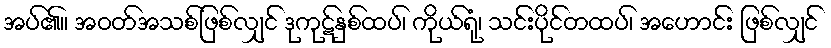
အပ်၏။ အဝတ်အသစ်ဖြစ်လျှင် ဒုကုဋ်နှစ်ထပ်၊ ကိုယ်ရုံ၊ သင်းပိုင်တထပ်၊ အဟောင်း ဖြစ်လျှင်